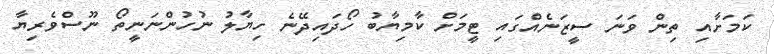
ކަމަށާއި ތިން ވަނަ ސީޒަނެއްގައި ޓީމަށް ކާމިޔާބު ހޯދައިދޭނެ ހިޔާލު ނުހުންނަނީތޯ ނޫސްވެރިޔާ